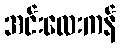
အင်းလေးကန်